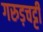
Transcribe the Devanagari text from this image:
गरुड़चट्टी